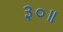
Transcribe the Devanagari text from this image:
३०॥